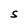
Character: S